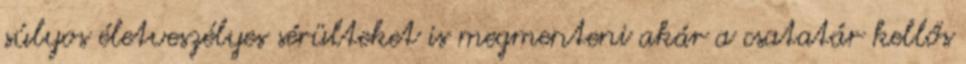
súlyos életveszélyes sérülteket is megmenteni akár a csatatár kellős